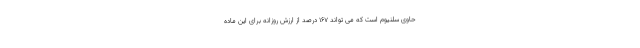
حاوی سلنیوم است که می تواند 167 درصد از ارزش روزانه برای این ماده